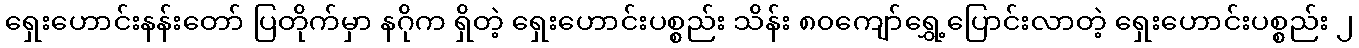
ရှေးဟောင်းနန်းတော် ပြတိုက်မှာ နဂိုက ရှိတဲ့ ရှေးဟောင်းပစ္စည်း သိန်း ၈၀ကျော်ရွှေ့ပြောင်းလာတဲ့ ရှေးဟောင်းပစ္စည်း ၂